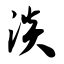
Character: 淡